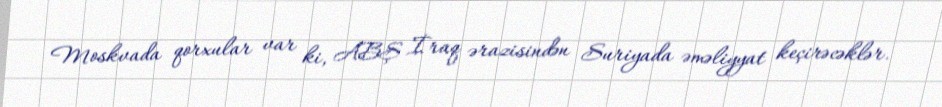
Moskvada qorxular var ki, ABŞ İraq ərazisindən Suriyada əməliyyat keçirəcəklər.